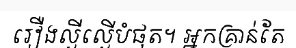
រឿងល្ងីល្ងើបំផុត។ អ្នកគ្រាន់តែ